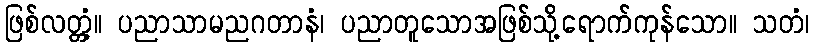
ဖြစ်လတ္တံ့။ ပညာသာမညဂတာနံ၊ ပညာတူသောအဖြစ်သို့ရောက်ကုန်သော။ သတံ၊